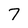
Character: 7